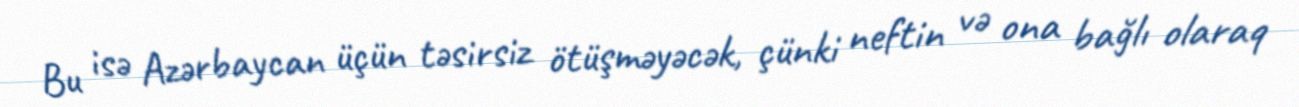
Bu isə Azərbaycan üçün təsirsiz ötüşməyəcək, çünki neftin və ona bağlı olaraq